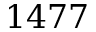
1 4 7 7